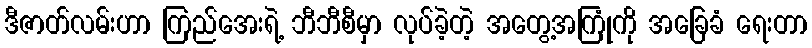
ဒီဇာတ်လမ်းဟာ ကြည်အေးရဲ့ ဘီဘီစီမှာ လုပ်ခဲ့တဲ့ အတွေ့အကြုံကို အခြေခံ ရေးတာ